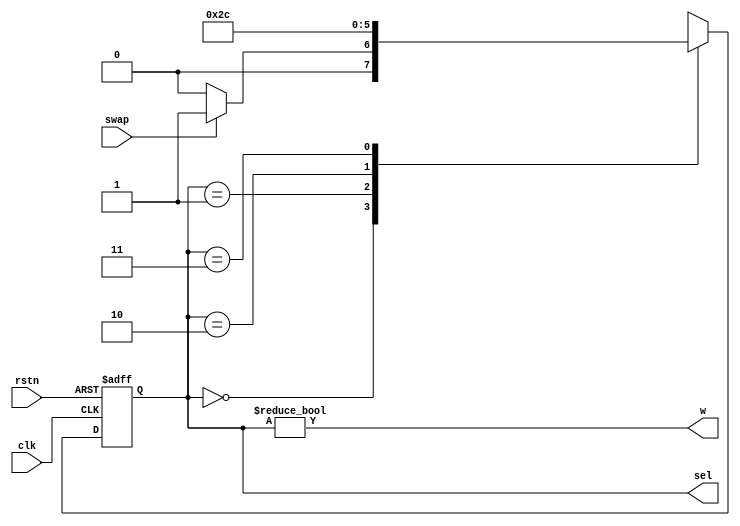
module fsm_controller(
    input swap, clk, rstn,
    output w,
    output [1 : 0] sel
    );
    
    localparam s0 = 0;
    localparam s1 = 1;
    localparam s2 = 2;
    localparam s3 = 3;
    
    reg [1 : 0] curr_state, next_state;
    
    always @(posedge clk, negedge rstn) begin
        if (!rstn)
            curr_state <= s0;
        else
            curr_state <= next_state;
    end
    
    always @(*) begin
        case (curr_state)
            s0:         next_state = swap ? s1 : s0;         
            s1:         next_state = s2;
            s2:         next_state = s3;
            s3:         next_state = s0;
            default:    next_state = curr_state;
        endcase
    end
    
    assign sel = curr_state;
    assign w = (curr_state != s0);
endmodule